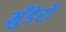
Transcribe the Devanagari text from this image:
मुँडेरों